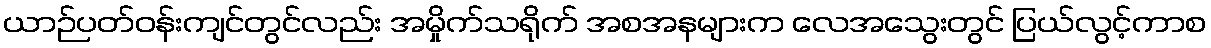
ယာဉ်ပတ်ဝန်းကျင်တွင်လည်း အမှိုက်သရိုက် အစအနများက လေအသွေးတွင် ပြယ်လွင့်ကာစ